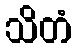
သိတံ